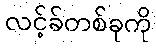
လင့်ခ်တစ်ခုကို